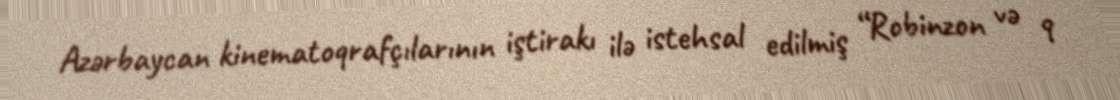
Azərbaycan kinematoqrafçılarının iştirakı ilə istehsal edilmiş “Robinzon və 9